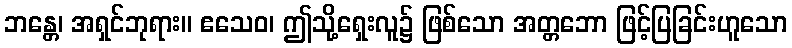
ဘန္တေ၊ အရှင်ဘုရား။ ဧသေဝ၊ ဤသို့ရှေးလူ၌ ဖြစ်သော အတ္တဘော ဖြင့်ပြခြင်းဟူသော